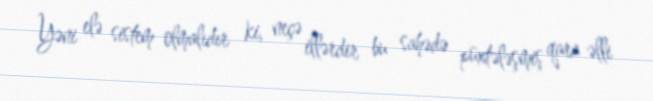
Yəni elə sistem olmalıdır ki, neçə illərdir bu sahədə püxtələşmiş qara əlli